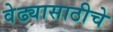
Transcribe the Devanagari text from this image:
वेढ्यासाठीचे